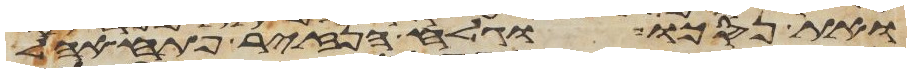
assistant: ואת נסכו וגלח הנזיר פתח אהל